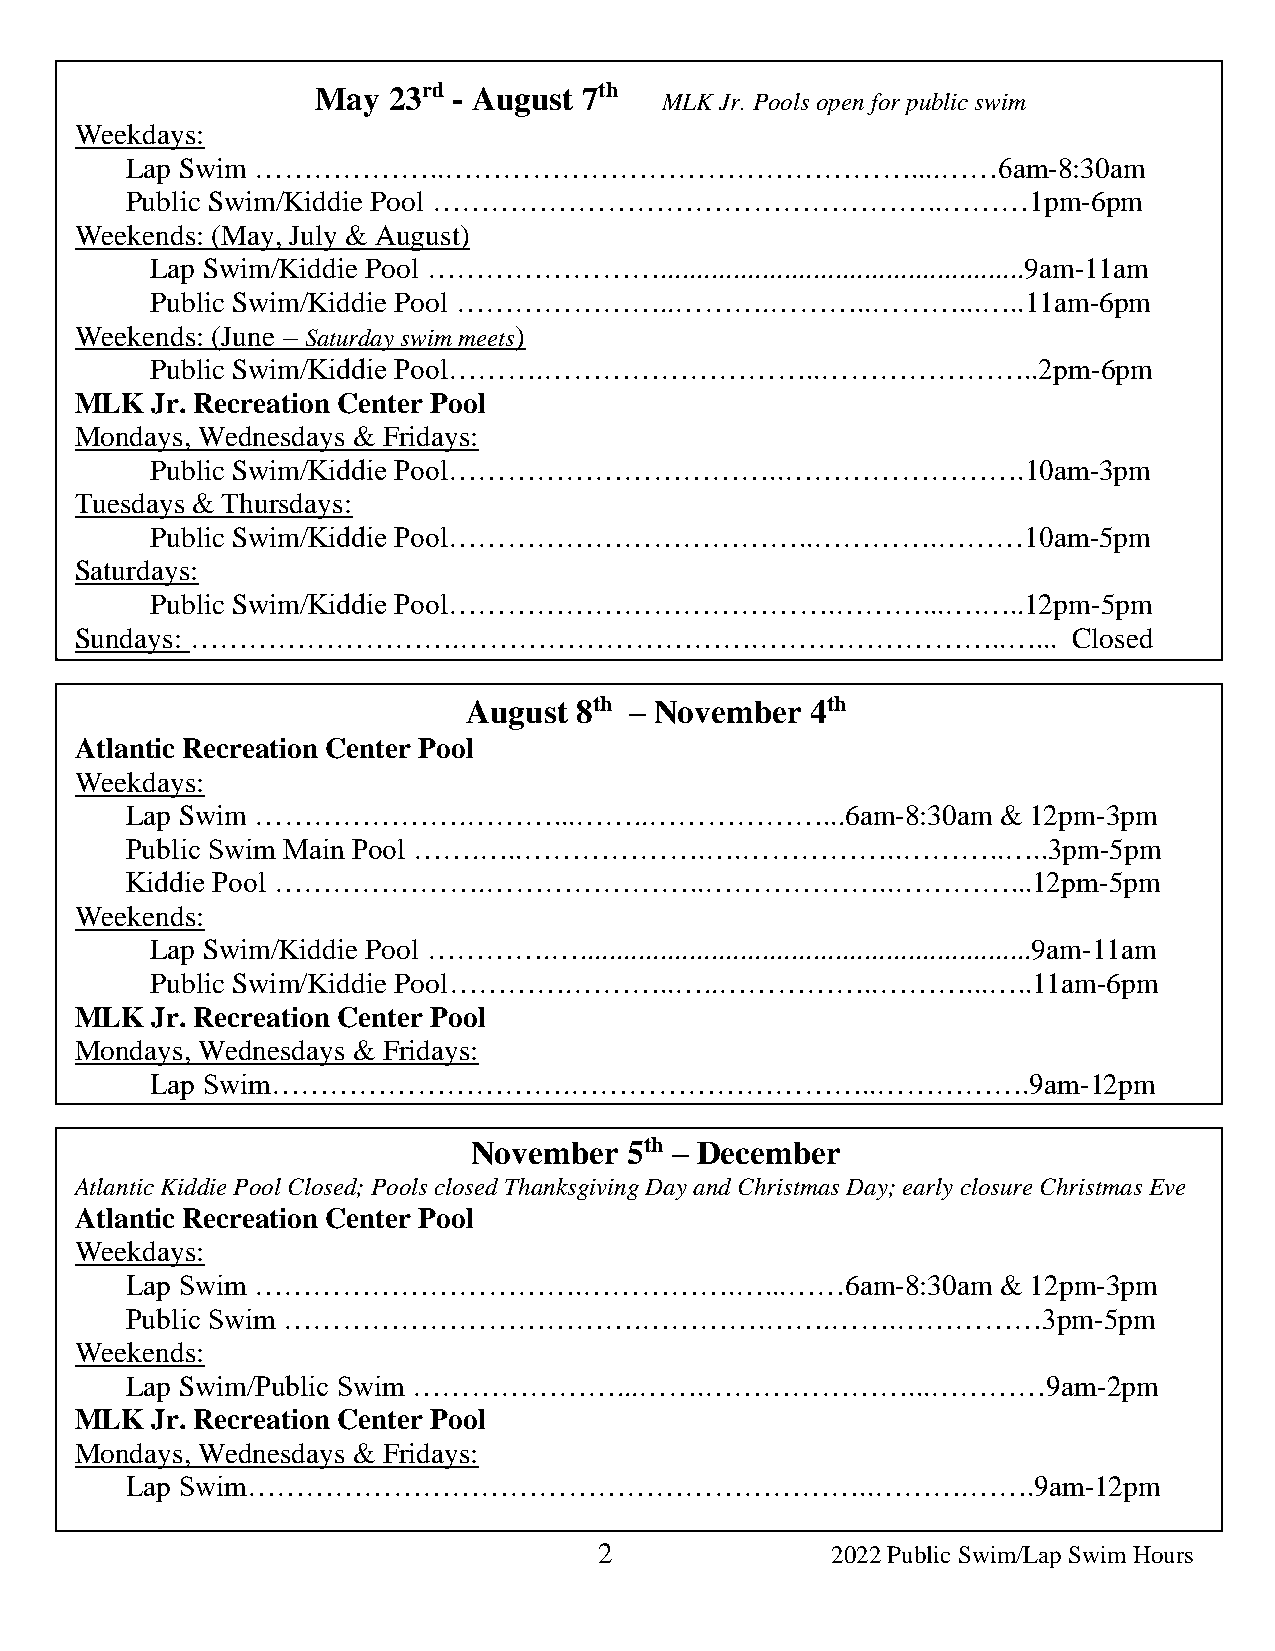
May  23rd - August 7th
 MLK Jr. Pools open for public swim
 Weekdays:
 Lap Swim ………………..…………………………………………....……6am-8:30am
 Public Swim/Kiddie Pool ……………………………………………..………1pm-6pm
 Weekends: (May, July & August)
 Lap Swim/Kiddie Pool ……………………..................................................9am-11am
 Public Swim/Kiddie Pool …………………..……….………..………...…..11am-6pm
 Weekends: (June – Saturday swim meets)
 Public Swim/Kiddie Pool……….………………………..…………………..2pm-6pm
 MLK  Jr. Recreation Center Pool
 Mondays, Wednesdays & Fridays:
 Public Swim/Kiddie Pool……………………………..…………………….10am-3pm
 Tuesdays & Thursdays:
 Public Swim/Kiddie Pool………………………………..………….………10am-5pm
 Saturdays:
 Public Swim/Kiddie Pool………………………………….………...….…..12pm-5pm
 Sundays: ……………………….………………………….……………………..…...                      Closed
 August 8th – November  4th
 Atlantic Recreation Center Pool
 Weekdays:
 Lap Swim ………………….………...……..………………...6am-8:30am            & 12pm-3pm
 Public Swim Main Pool …….…..……………….….……………..………..…..3pm-5pm
 Kiddie Pool ………………….…………………..………………..…………...12pm-5pm
 Weekends:
 Lap Swim/Kiddie Pool ………….…..............................................................9am-11am
 Public Swim/Kiddie Pool………….………..…..……………..………...…..11am-6pm
 MLK  Jr. Recreation Center Pool
 Mondays, Wednesdays & Fridays:
 Lap Swim………………………….…………………………..…………….9am-12pm
 November   5th – December
 Atlantic Kiddie Pool Closed; Pools closed Thanksgiving Day and Christmas Day; early closure Christmas Eve
 Atlantic Recreation Center Pool
 Weekdays:
 Lap Swim …………………………….…………….…...……6am-8:30am               & 12pm-3pm
 Public Swim ……………………………….………….…….…….……………3pm-5pm
 Weekends:
 Lap Swim/Public Swim …………………...…….…………………...…………9am-2pm
 MLK  Jr. Recreation Center Pool
 Mondays, Wednesdays & Fridays:
 Lap Swim………………………………………………………..……….…….9am-12pm
 2              2022 Public Swim/Lap Swim Hours